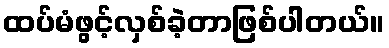
ထပ်မံဖွင့်လှစ်ခဲ့တာဖြစ်ပါတယ်။